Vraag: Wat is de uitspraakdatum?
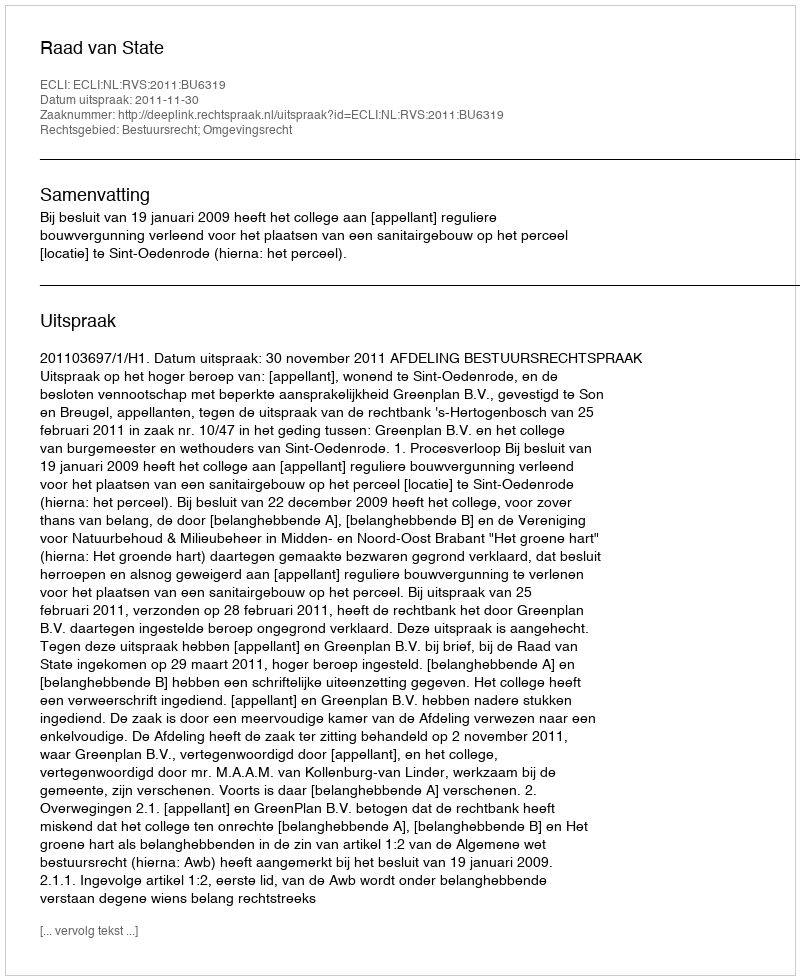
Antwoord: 2011-11-30